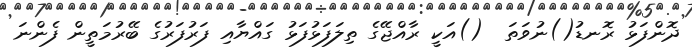
ދޮންފަޅު ރޮނޑު()ނުވަތަ  ()އަކީ ރާއްޖޭގެ ތިލަފަޅުފަޅު ގައްޔާއި ފަރުފަރުގެ ބޭރުމަތީން ފެންނަ